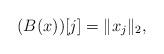
LaTeX: \begin{align*}(B(x))[j]=\|x_j\|_2,\end{align*}